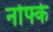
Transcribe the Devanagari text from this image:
नोफ्के